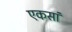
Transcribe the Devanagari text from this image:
एकसां